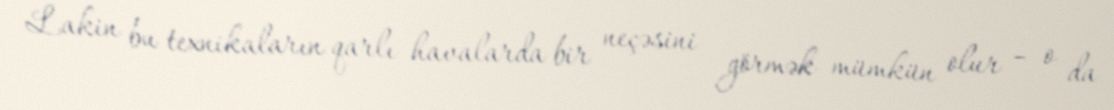
Lakin bu texnikaların qarlı havalarda bir neçəsini görmək mümkün olur – o da